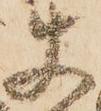
使